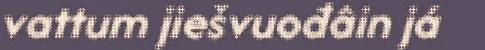
vattum jiešvuođâin já